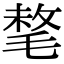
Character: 㲠